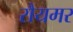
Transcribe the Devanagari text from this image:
रौयमर